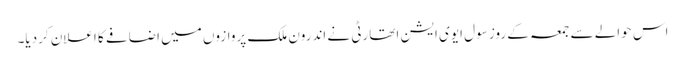
اس حوالے سے جمعہ کے روز سول ایوی ایشن اتھارٹی نے اندرون ملک پروازوں میں اضافے کا اعلان کردیا۔